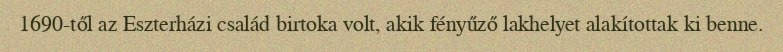
1690-től az Eszterházi család birtoka volt, akik fényűző lakhelyet alakítottak ki benne.